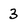
Character: 3